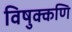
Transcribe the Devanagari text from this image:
विषुक्कणि